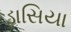
ડાસિયા